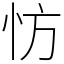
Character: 㤃